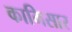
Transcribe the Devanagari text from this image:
कामिसार